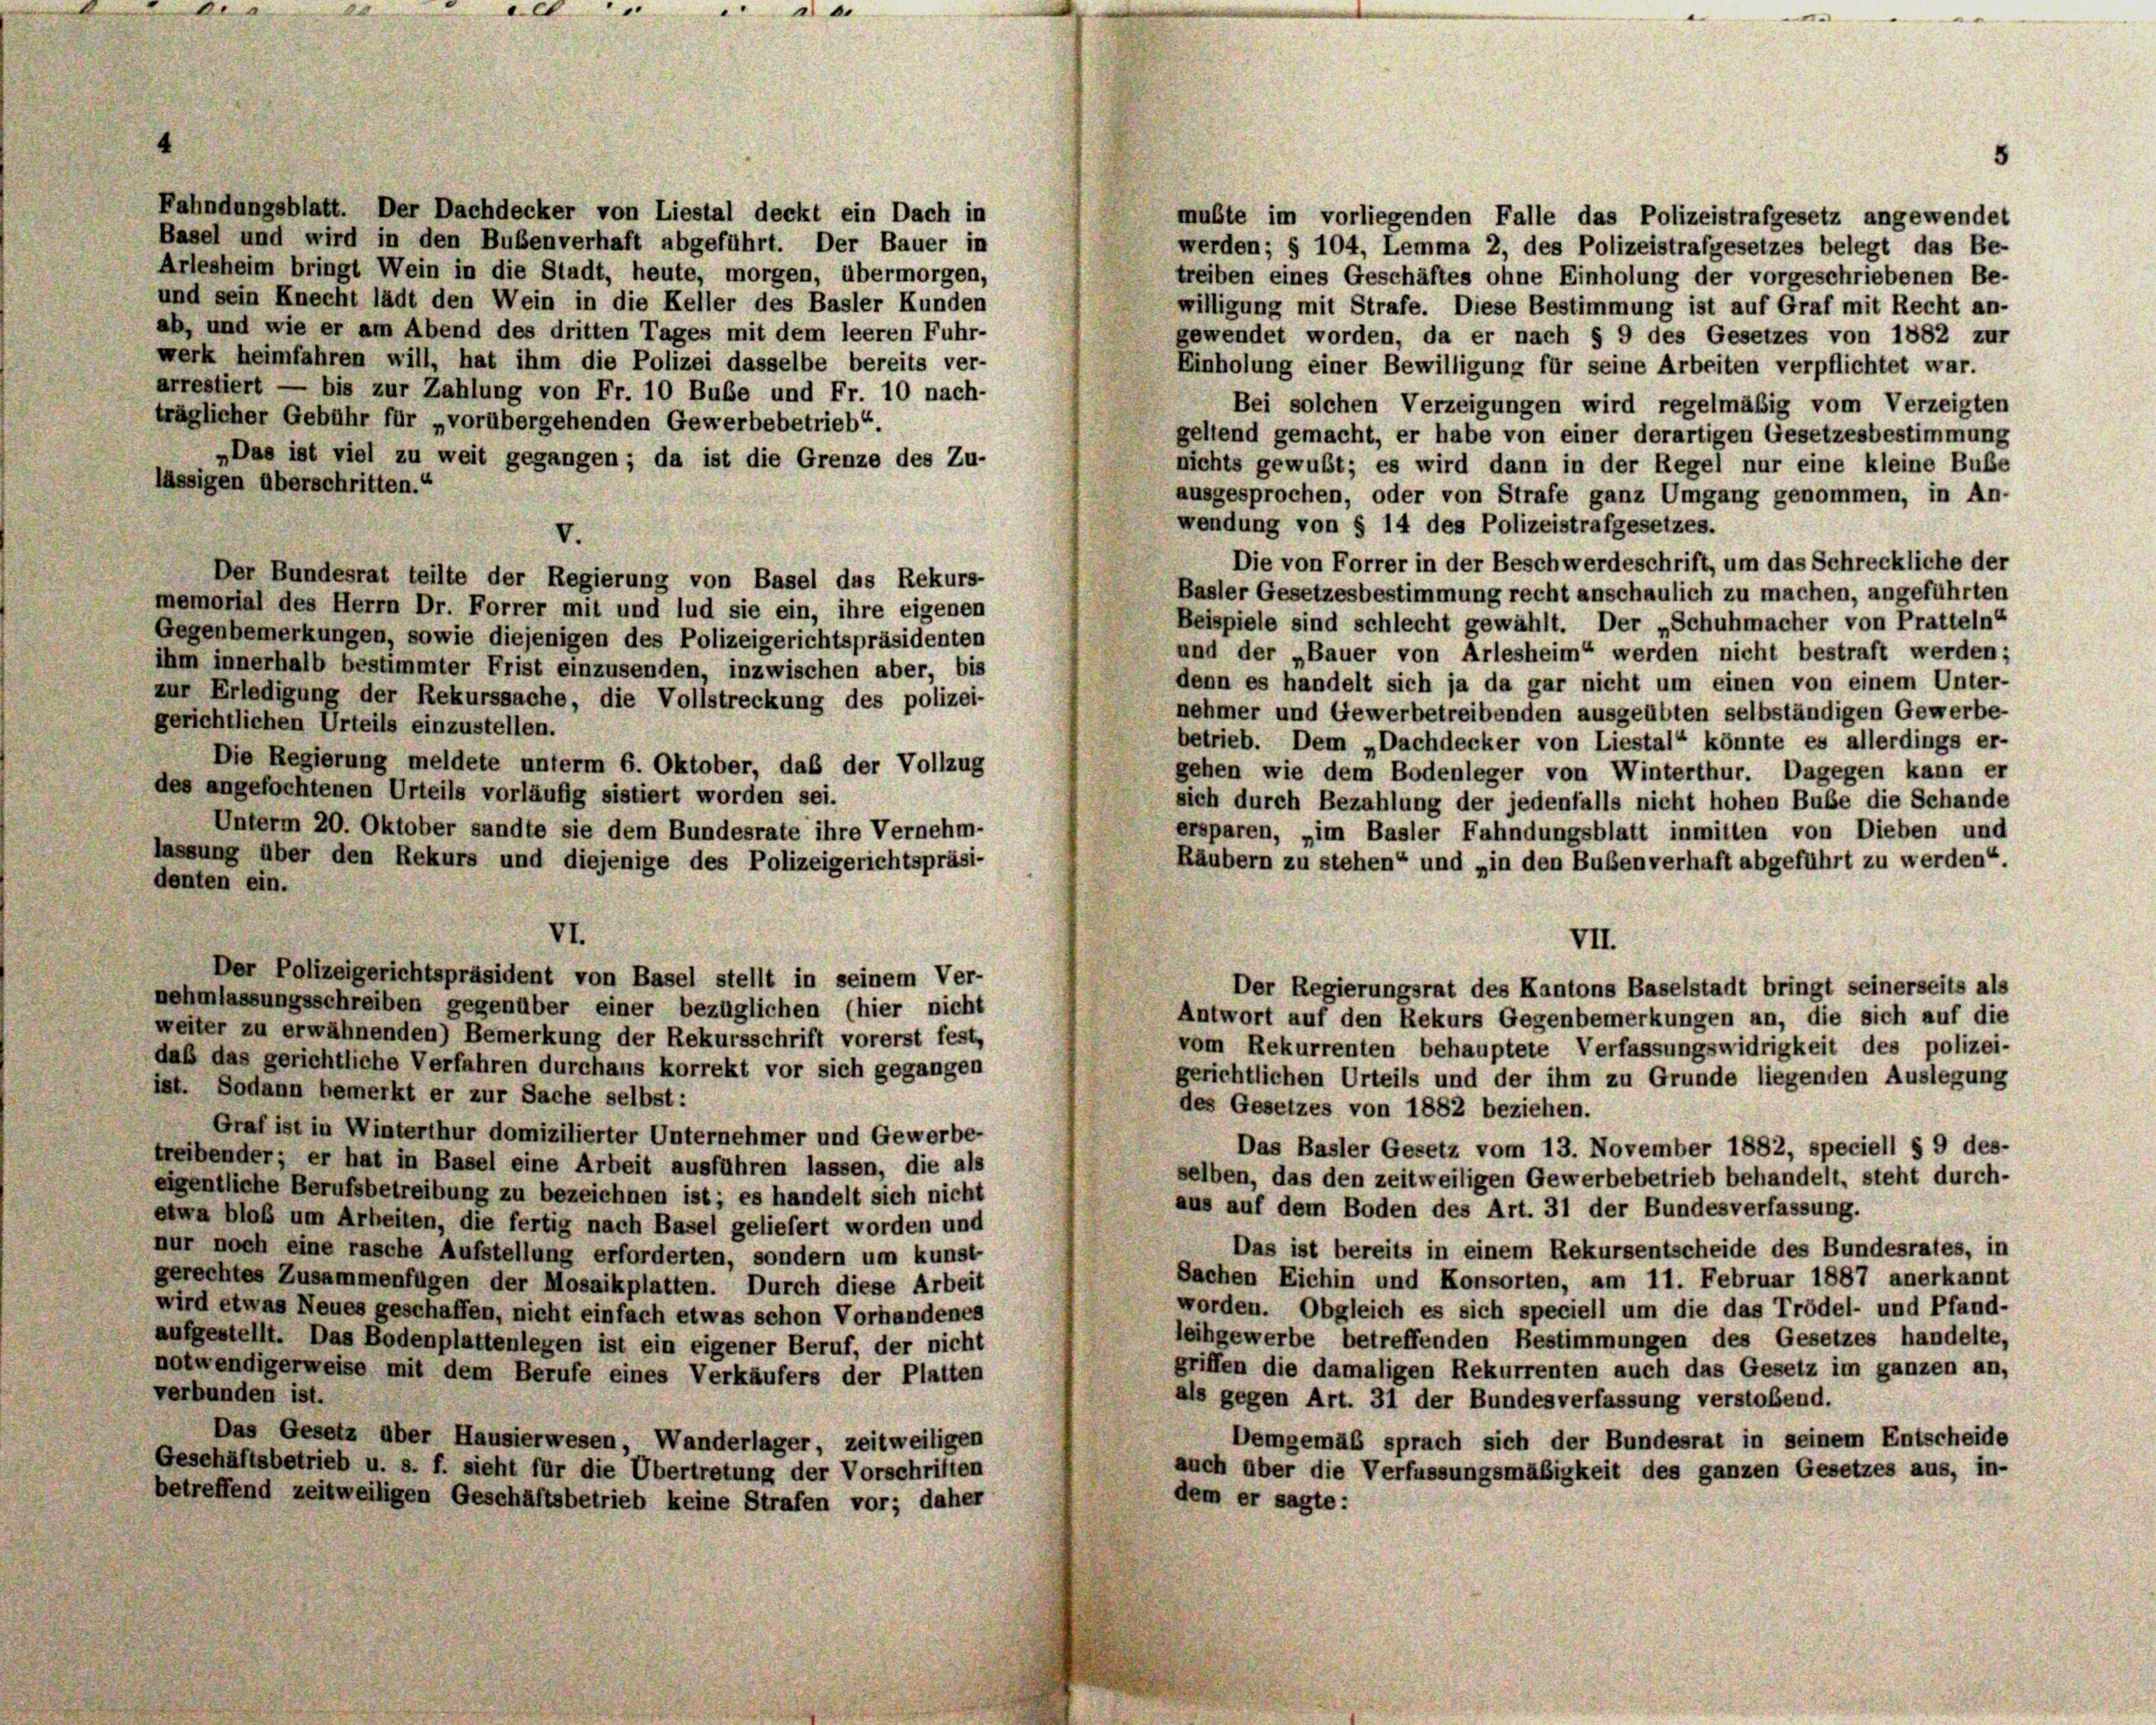
.

Fahndungsblatt. Der Dachdecker von Liestal deckt ein Dach in
Basel und wird in den Bubenverhaft abgeführt. Der Bauer in
Arlesheim bringt Wein in die Stadt, heute, morgen, übermorgen,
und sein Knecht lädt den Wein in die Keller des Basler Kunden
ab, und wie er am Abend des dritten Tages mit dem leeren Fuhr-
werk heimfahren will, hat ihm die Polizei dasselbe bereits ver-
arrestiert — bis zur Zahlung von Fr. 10 Bube und Fr. 10 nach-
träglicher Gebühr für „vorübergehenden Gewerbebetrieb“.
„Das ist viel zu weit gegangen; da ist die Grenze des Zu-
lässigen überschritten.“
ausgesprochen, oder von Strafe ganz Umgang genommen, in An-
wendung von § 14 des Polizeistrafgesetzes.
V.
Die von Forrer in der Beschwerdeschrift, um das Schreckliche der
Der Bundesrat teilte der Regierung von Basel das Rekurs-
Basler Gesetzesbestimmung recht anschaulich zu machen, angeführten
memorial des Herrn Dr. Forrer mit und lud sie ein, ihre eigenen
Beispiele sind schlecht gewählt. Der „Schuhmacher von Pratteln“
Gegenbemerkungen, sowie diejenigen des Polizeigerichtspräsidenten
und der „Bauer von Arlesheim“ werden nicht bestraft werden;
ihm innerhalb bestimmter Frist einzusenden, inzwischen aber, bis
denn es handelt sich ja da gar nicht um einen von einem Unter-
zur Erledigung der Rekurssache, die Vollstreckung des polizei-
nehmer und Gewerbetreibenden ausgeübten selbständigen Gewerbe-
gerichtlichen Urteils einzustellen.
betrieb. Dem „Dachdecker von Liestal“ könnte es allerdings er-
Die Regierung meldete unterm 6. Oktober, daß der Vollzug
gehen wie dem Bodenleger von Winterthur. Dagegen kann er
des angefochtenen Urteils vorläufig sistiert worden sei.
sich durch Bezahlung der jedenfalls nicht hohen Buße die Schande
Unterm 20. Oktober sandte sie dem Bundesrate ihre Vernehm-
ersparen, im Basler Fahndungsblatt inmitten von Dieben und
lassung über den Rekurs und diejenige des Polizeigerichtspräsi-
Räubern zu stehen“ und „in den Bußenverhaft abgeführt zu werden“.
denten ein.
VI.
VII.
Der Polizeigerichtspräsident von Basel stellt in seinem Ver-
Der Regierungsrat des Kantons Baselstadt bringt seinerseits als
nehmlassungsschreiben gegenüber einer bezüglichen (hier nicht
Antwort auf den Rekurs Gegenbemerkungen an, die sich auf die
weiter zu erwähnenden) Bemerkung der Rekursschrift vorerst fest,
vom Rekurrenten behauptete Verfassungswidrigkeit des polizei-
daß das gerichtliche Verfahren durchaus korrekt vor sich gegangen
gerichtlichen Urteils und der ihm zu Grunde liegenden Auslegung
ist. Sodann bemerkt er zur Sache selbst:
des Gesetzes von 1882 beziehen.
Graf ist in Winterthur domizilierter Unternehmer und Gewerbe-
Das Basler Gesetz vom 13. November 1882, speciell § 9 des-
treibender; er hat in Basel eine Arbeit ausführen lassen, die als
selben, das den zeitweiligen Gewerbebetrieb behandelt, steht durch-
eigentliche Berufsbetreibung zu bezeichnen ist; es handelt sich nicht
aus auf dem Boden des Art. 31 der Bundesverfassung.
etwa bloß um Arbeiten, die fertig nach Basel geliefert worden und
Das ist bereits in einem Rekursentscheide des Bundesrates, in
nur noch eine rasche Aufstellung erforderten, sondern um kunst-
Sachen Eichin und Konsorten, am 11. Februar 1887 anerkannt
gerechtes Zusammenfügen der Mosaikplatten. Durch diese Arbeit
worden. Obgleich es sich speciell um die das Trödel- und Pfand-
wird etwas Neues geschaffen, nicht einfach etwas schon Vorhandenes
leihgewerbe betreffenden Bestimmungen des Gesetzes handelte,
aufgestellt. Das Bodenplattenlegen ist ein eigener Beruf, der nicht
griffen die damaligen Rekurrenten auch das Gesetz im ganzen an,
notwendigerweise mit dem Berufe eines Verkäufers der Platten
verbunden ist.
als gegen Art. 31 der Bundesverfassung verstoßend.
Das Gesetz über Hausierwesen, Wanderlager, zeitweiligen
Demgemäß sprach sich der Bundesrat in seinem Entscheide
Geschäftsbetrieb u. s. f. sieht für die Übertretung der Vorschriften
auch aber die Verfassungsmäßigkeit des ganzen Gesetzes aus, in-
betreffend zeitweiligen Geschäftsbetrieb keine Strafen vor; daher
dem er sagte:

0
a

5

mußte im vorliegenden Falle das Polizeistrafgesetz angewendet
werden; § 104, Lemma 2, des Polizeistrafgesetzes belegt das Be-
treiben eines Geschäftes ohne Einholung der vorgeschriebenen Be-
willigung mit Strafe. Diese Bestimmung ist auf Graf mit Recht an-
gewendet worden, da er nach § 9 des Gesetzes von 1882 zur
Einholung einer Bewilligung für seine Arbeiten verpflichtet war.
Bei solchen Verzeigungen wird regelmäßig vom Verzeigten
geltend gemacht, er habe von einer derartigen Gesetzesbestimmung
nichts gewußt; es wird dann in der Regel nur eine kleine Buße